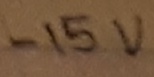
Text: -15V